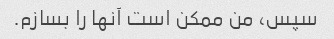
سپس، من ممکن است آنها را بسازم.